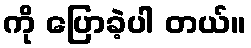
ကို ပြောခဲ့ပါ တယ်။